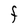
Character: F